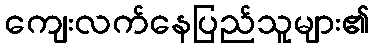
ကျေးလက်နေပြည်သူများ၏